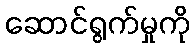
ဆောင်ရွက်မှုကို